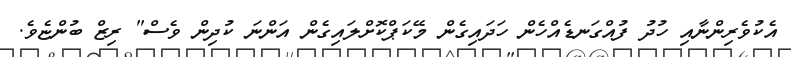
އެކުވެރިންނާއި ހުދު ފުއްގަނޑެއްހެން ހަދައިގެން މޭކަޕްކޮށްލައިގެން އަންނަ ކުދިން ވެސް" ރިޒް ބުންޏެވެ.